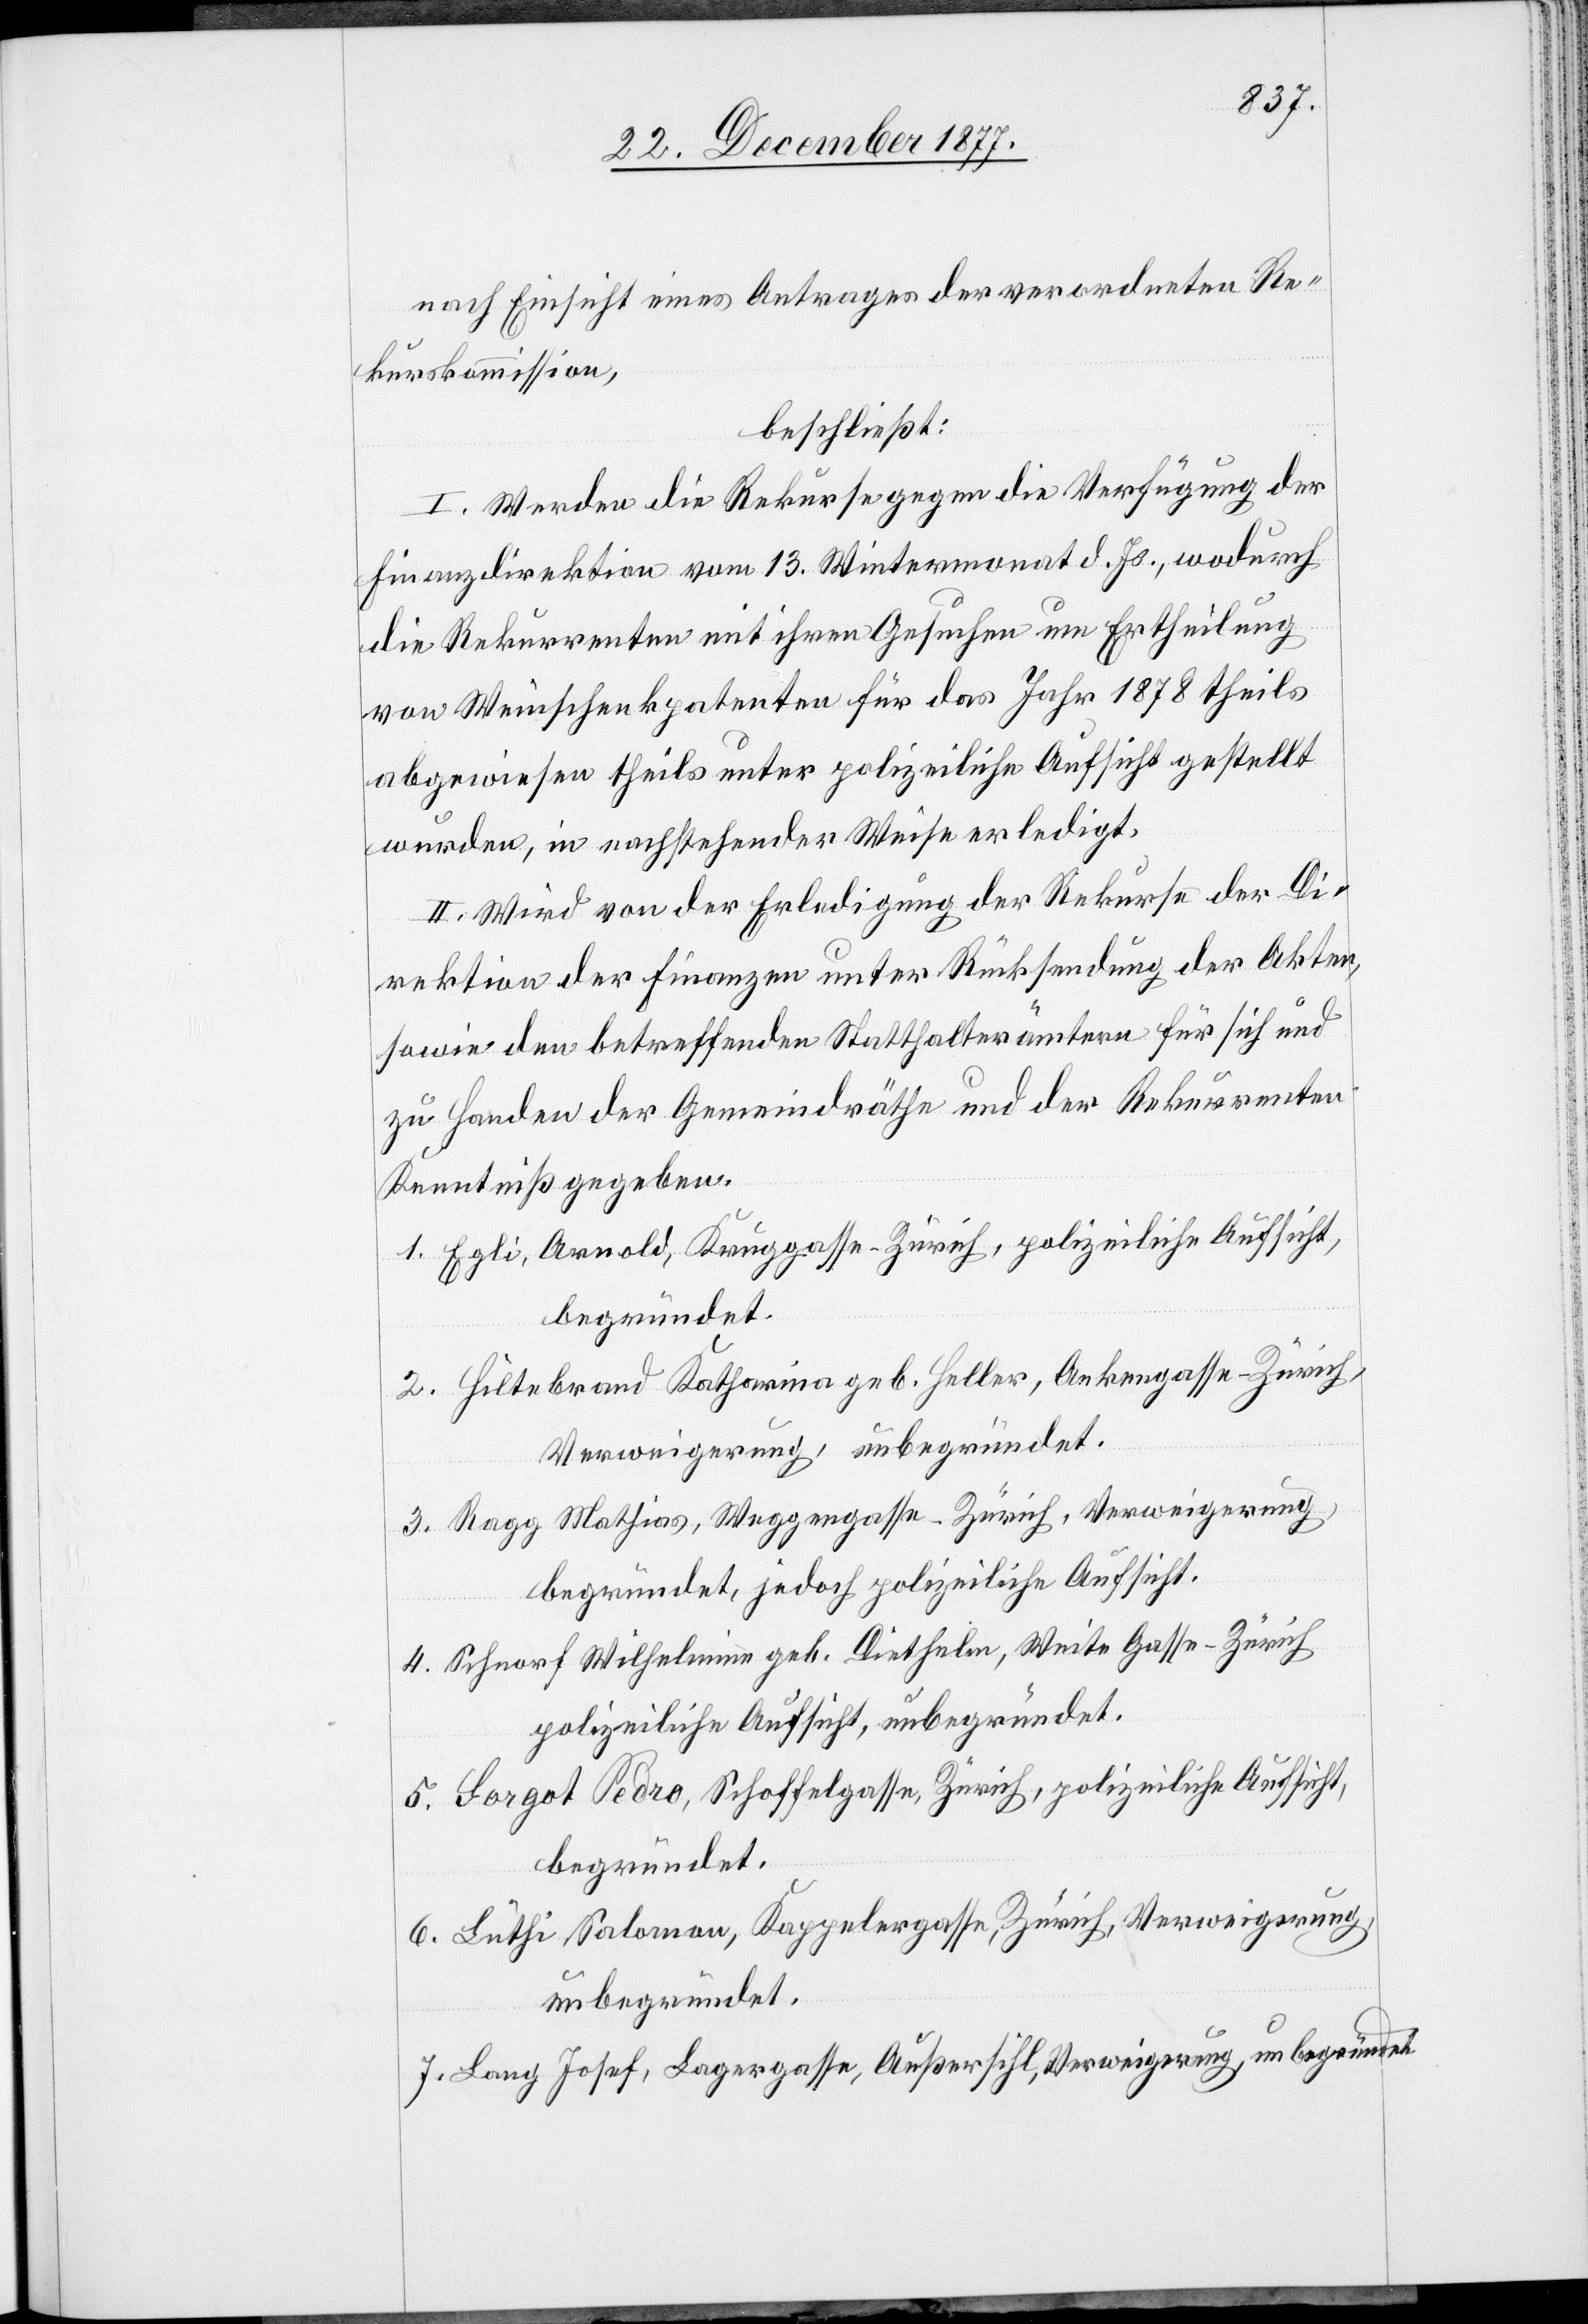
nach Einsicht eines Antrages der verordneten Re¬
kurskommission,
beschließt:
I. Werden die Rekurse gegen die Verfügung der
Finanzdirektion vom 13. Wintermonat d. Js., wodurch
die Rekurrenten mit ihren Gesuchen um Ertheilung
von Weinschenkpatenten für das Jahr 1878 theils
abgewiesen theils unter polizeiliche Aufsicht gestellt
wurden, in nachstehender Weise erledigt.
II. Wird von der Erledigung der Rekurse der Di¬
rektion der Finanzen unter Rücksendung der Akten,
sowie den betreffenden Statthalterämtern für sich und
zu Handen der Gemeindräthe und der Rekurrenten
Kenntniß gegeben.
Egli, Arnold, Kruggasse - Zürich, polizeiliche Aufsicht,
begründet.
Hiltebrand Katharina geb. Heller, Ankengasse - Zürich,
Verweigerung, unbegründet.
Ragg Mathias, Weggengasse - Zürich, Verweigerung,
begründet, jedoch polizeiliche Aufsicht.
Schnorf Wilhelmine geb. Diethelm, Weite Gasse - Zürich
polizeiliche Aufsicht, unbegründet.
Gorgot Pedro, Schoffelgasse, Zürich, polizeiliche Aufsicht,
begründet.
Lüthi, Salomon, Kappelergasse, Zürich, Verweigerung,
unbegründet.
Lang Josef, Lagergasse, Außersihl, Verweigerung, unbegründet.